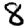
Digit: 8